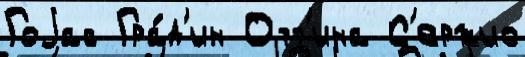
Гоjас Гра́д'ин Отт'ина С'ержио